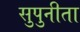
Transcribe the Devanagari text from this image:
सुपुनीता